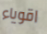
اقوياء